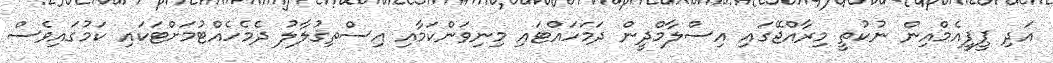
އަދި ޕީޕީއެމްއިން ނުކުތީ މިރާއްޖޭގައި އިސްލާމްދީން ދަމަހައްޓައި މިނިވަންކަމާއި އިސްތިޤުލާލު ދެމެހެއްޓުމަށްޓަކައި ކަމުގައިވެސް